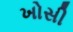
ખોસી